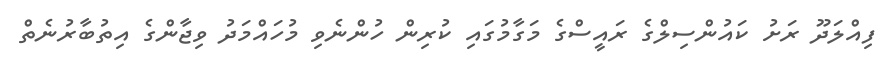
ފިއްލަދޫ ރަށު ކައުންސިލްގެ ރައީސްގެ މަގާމުގައި ކުރިން ހުންނެވި މުހައްމަދު ވިޖާންގެ އިތުބާރުނެތް